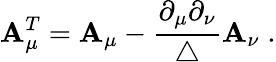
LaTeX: \mathbf{A}_{\mu}^{T}=\mathbf{A}_{\mu}-\frac{{\partial_{\mu}\partial_{\nu}}}{{\triangle}}\mathbf{A}_{\nu}\; .